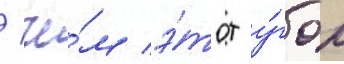
/ че́м э́тот у́гол